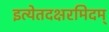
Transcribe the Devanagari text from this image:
इत्येतदक्षरमिदम्